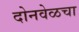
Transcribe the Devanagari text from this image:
दोनवेळचा